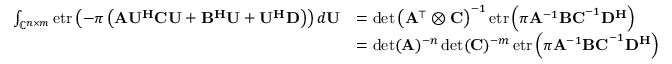
\begin{array} { r l } { \int _ { \mathbb { C } ^ { n \times m } } \operatorname { e t r } \left( - \pi \left( \mathbf { A } \mathbf { U } ^ { \mathbf { H } } \mathbf { C } \mathbf { U } + \mathbf { B } ^ { \mathbf { H } } \mathbf { U } + \mathbf { U } ^ { \mathbf { H } } \mathbf { D } \right) \right) d \mathbf { U } } & { = \det \left( \mathbf { A } ^ { \top } \otimes \mathbf { C } \right) ^ { - 1 } \operatorname { e t r } \left( \pi \mathbf { A } ^ { - 1 } \mathbf { B C } ^ { - 1 } \mathbf { D } ^ { \mathbf { H } } \right) } \\ & { = \det ( \mathbf { A } ) ^ { - n } \det ( \mathbf { C } ) ^ { - m } \operatorname { e t r } \left( \pi \mathbf { A } ^ { - 1 } \mathbf { B C } ^ { - 1 } \mathbf { D } ^ { \mathbf { H } } \right) } \end{array}